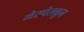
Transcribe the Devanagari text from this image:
मेस्पेलब्रुन